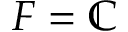
F = \mathbb { C }